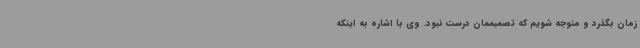
زمان بگذرد و متوجه شویم که تصمیممان درست نبود. وی با اشاره به اینکه